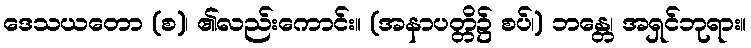
ဒေသယတော (စ)၊ ၏လည်းကောင်း။ (အနာပတ္တိ၌ စပ်၊) ဘန္တေ၊ အရှင်ဘုရား။